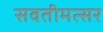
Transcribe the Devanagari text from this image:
सवतीमत्सर